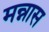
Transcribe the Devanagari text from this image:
मन्नास